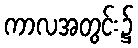
ကာလအတွင်း၌